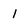
Character: 1